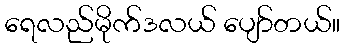
ရေလည်မိုက်ဒလယ် ပျော်တယ်။